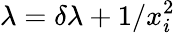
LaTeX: \lambda=\delta\lambda+1/x_{i}^{2}